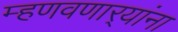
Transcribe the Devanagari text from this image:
म्हणवणार्‍यांना